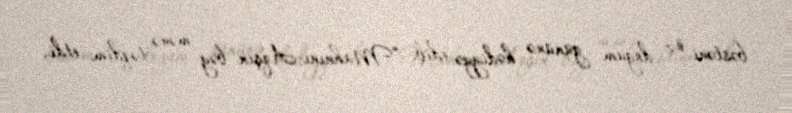
bəstəni öz doğum gününə hədiyyə edib: “Mahnını Aqşin bəy mənə təqdim etdi,